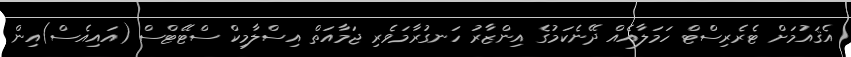
އެޤައުމަށް ޓެރެރިސްޓް ހަމަލާއެއް ދޭނެކަމުގެ އިންޒާރު ހަނގުރާމަވެރި ޖަމާއަތް އިސްލާމިކް ސްޓޭޓްސް (އައިއެސް)އިން